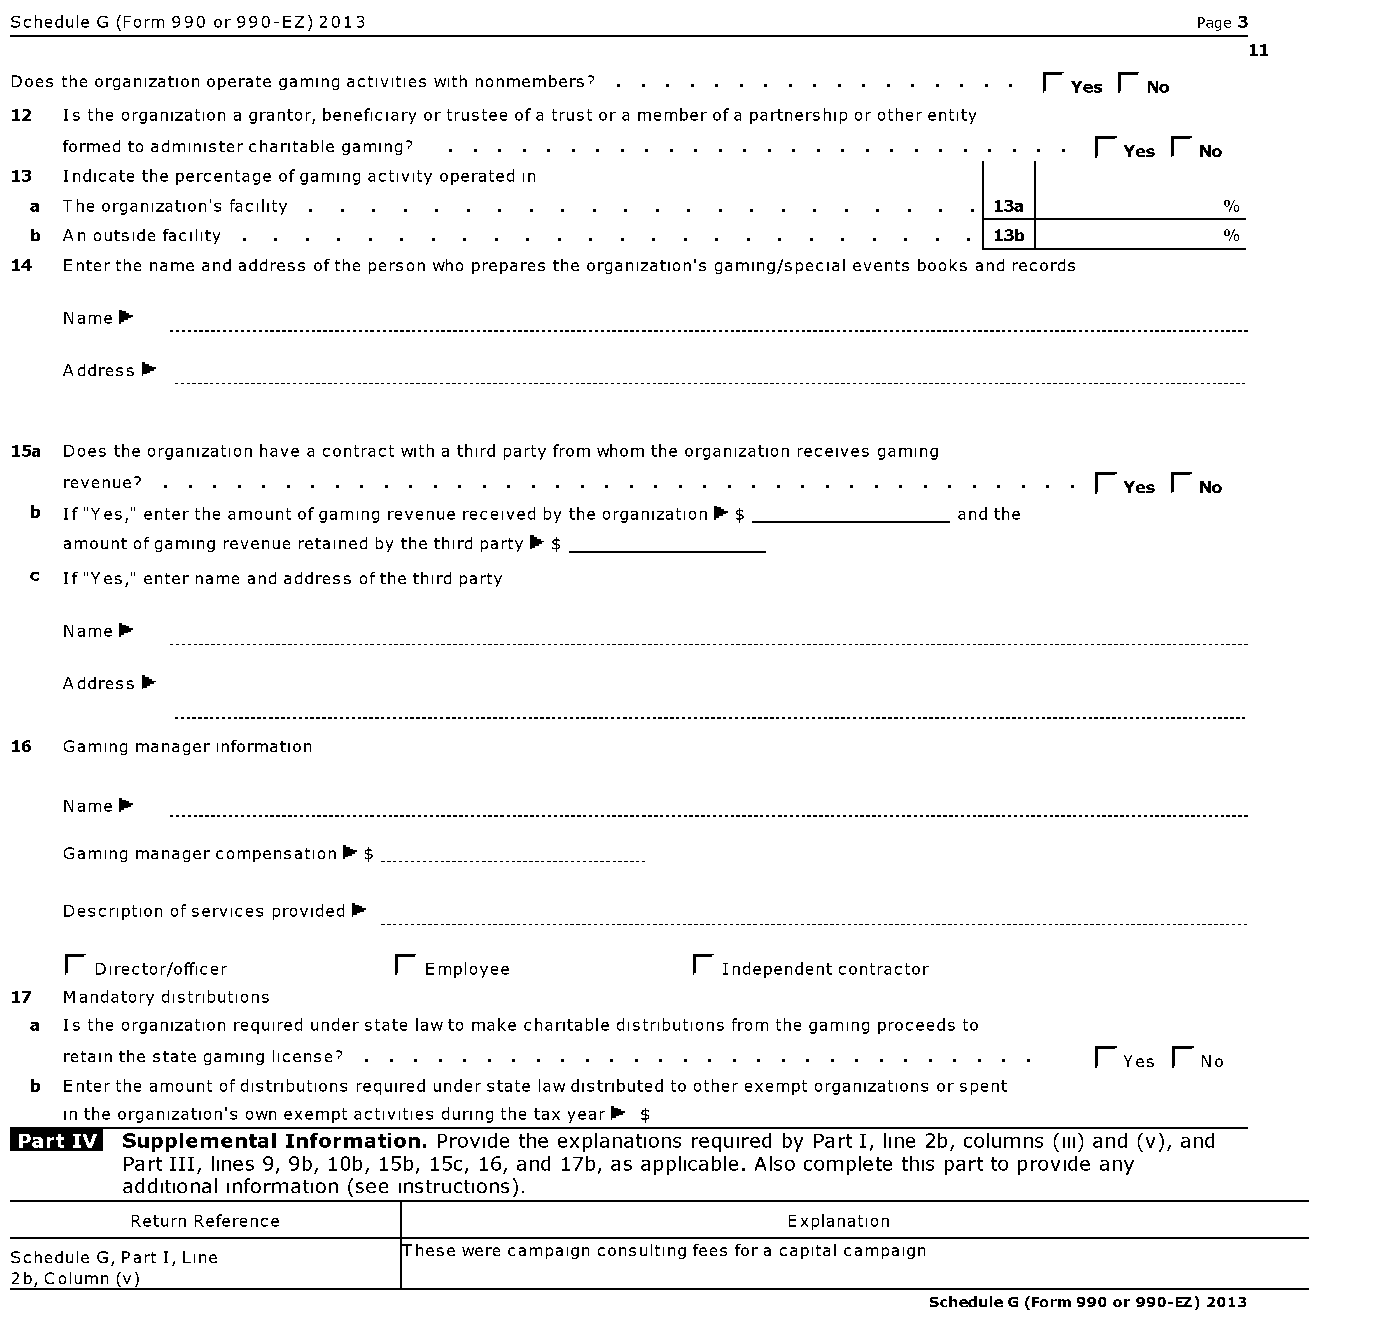
Schedule G (Form 990 or 990-EZ) 2013                                          Page 3
 11
 Does the organization operate gaming activities with nonmembers? . . . . . . . . . . . . . . . . . . Yes r- No
 12 Is the organization a grantor, beneficiary or trustee ofa trust or a member ofa partnership or other entity
 formed to administer charitable gaming? . . . . . . . . . . . . . . . . . . . . . . . . . . . Yes r- No
 13 Indicate the percentage ofgaming activity operated in
 a The organization's facility                                   13a            %
 b An outside facility                                           13b            %
 14 Enterthe name and address ofthe person who prepares the organization's gaming/special events books and records
 Name ►
 Address ►
 15a Does the organization have a contract with a third party from whom the organization receives gaming
 revenue? . . . . . . . . . . . . . . . . . . . . . . . . . . . . . . . . . . . . . . r- Yes r- No
 b If "Yes," enter the amount ofgaming revenue received by the organization ► $ and the
 amount ofgaming revenue retained by the third party $
 c If "Yes," enter name and address ofthe third party
 Name '
 Address '
 ------------------------
 16 Gaming manager information
 Name '
 Gaming manager compensation ► $
 Description ofservices provided
 r- Director/officer     Employee            Independent contractor
 17 Mandatory distributions
 a Is the organization required understate lawto make charitable distributions from the gaming proceeds to
 retain the state gaming license? . . . . . . . . . . . . . . . . . . . . . . . . . . . . r-Yes r-No
 b Enterthe amount ofdistributions required under state law distributed to other exempt organizations or spent
 in the organization's own exempt activities during the tax year $
 Supplemental Information. Provide the explanations required by Part I, line 2b, columns (iii) and (v), and
 Part III, lines 9, 9b, 10b, 15b, 15c, 16, and 17b, as applicable. Also complete this part to provide any
 additional information (see instructions).
 Return Reference  I                        Explanation
 were campaign consulting fees for a capital campaign
 Schedule G, Part I, Line
 rhese
 2b, Column (v)
 Schedule G (Form 990 or 990-EZ) 2013